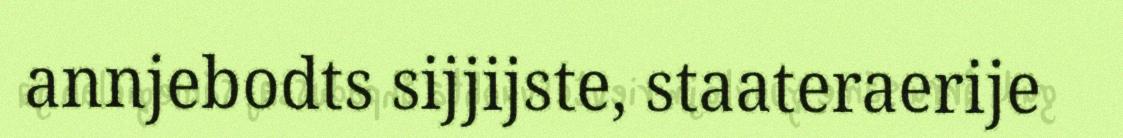
annjebodts sijjijste, staateraerije